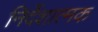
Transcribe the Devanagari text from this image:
निर्देशात्‍मक